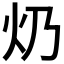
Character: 𤆈